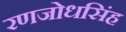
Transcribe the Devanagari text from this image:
रणजोधसिंह